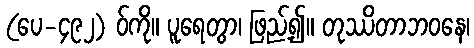
(ပေ-၄၉၂) ဝ်ကို။ ပူရေတွာ၊ ဖြည့်၍။ တုဿိတာဘဝနေ၊